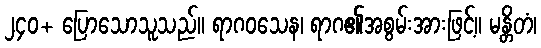
၂၄၀+ ပြောသောသူသည်။ ရာဂဝသေန၊ ရာဂ၏အစွမ်းအားဖြင့်။ မန္တိတံ၊